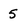
Character: 5